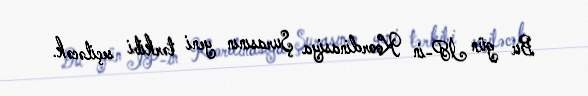
Bu gün İP-in Koordinasiya Şurasının yeni tərkibi seçiləcək.